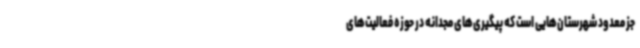
جز معدود شهرستان‌هایی است که پیگیری‌های مجدانه در حوزه فعالیت‌های